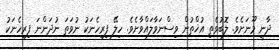
ދާނީ މޫނަށެވެ. ލޮބުވެތި އުޚްތުން ވިސްނަވާލައްވާށެވެ. ހިލޭ ފިރިހެނަކު ނުވަތަ ނުދަންނަ ފިރިހެނަކު